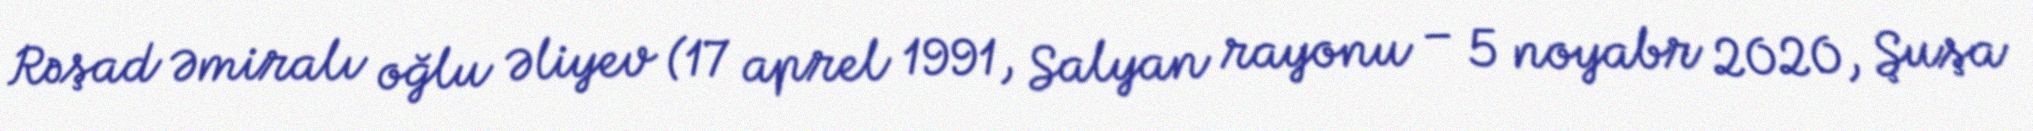
Rəşad Əmiralı oğlu Əliyev (17 aprel 1991, Salyan rayonu – 5 noyabr 2020, Şuşa